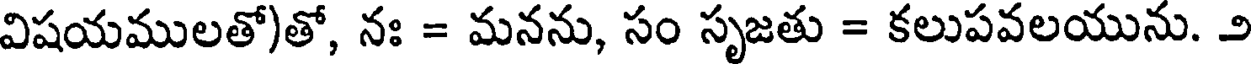
విషయములతో)తో, నః = మనను, సం సృజతు = కలుపవలయును. ౨